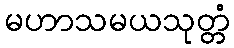
မဟာသမယသုတ္တံ